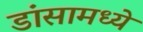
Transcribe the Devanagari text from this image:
डांसामध्ये